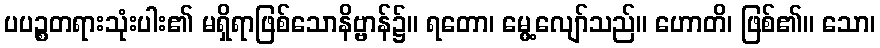
ပပဉ္စတရားသုံးပါး၏ မရှိရာဖြစ်သောနိဗ္ဗာန်၌။ ရတော၊ မွေ့လျော်သည်။ ဟောတိ၊ ဖြစ်၏။ သော၊